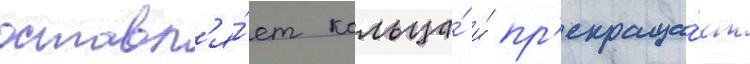
оставл'я́ет кольца́ и́ пр'екраща́ет